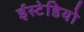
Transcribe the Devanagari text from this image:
ईस्टेडियो